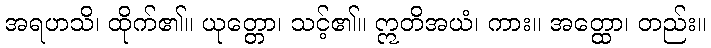
အရဟသိ၊ ထိုက်၏။ ယုတ္တော၊ သင့်၏။ ဣတိအယံ၊ ကား။ အတ္ထော၊ တည်း။